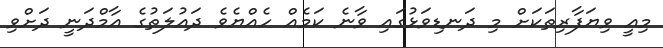
މިއީ ވިޔަފާރިތަކަށް މި ދަނޑިވަޅުގައި ވާނެ ކަމެއް ހެއްޔެވެ ދައުލަތުގެ އާމްދަނީ ދަށްވި